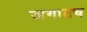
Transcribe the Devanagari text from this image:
जगातच